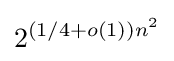
2^{(1/4+o(1))n^{2}}